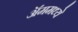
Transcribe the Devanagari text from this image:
ॲममध्ये